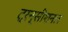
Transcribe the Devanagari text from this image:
ट्रन्सीशनल